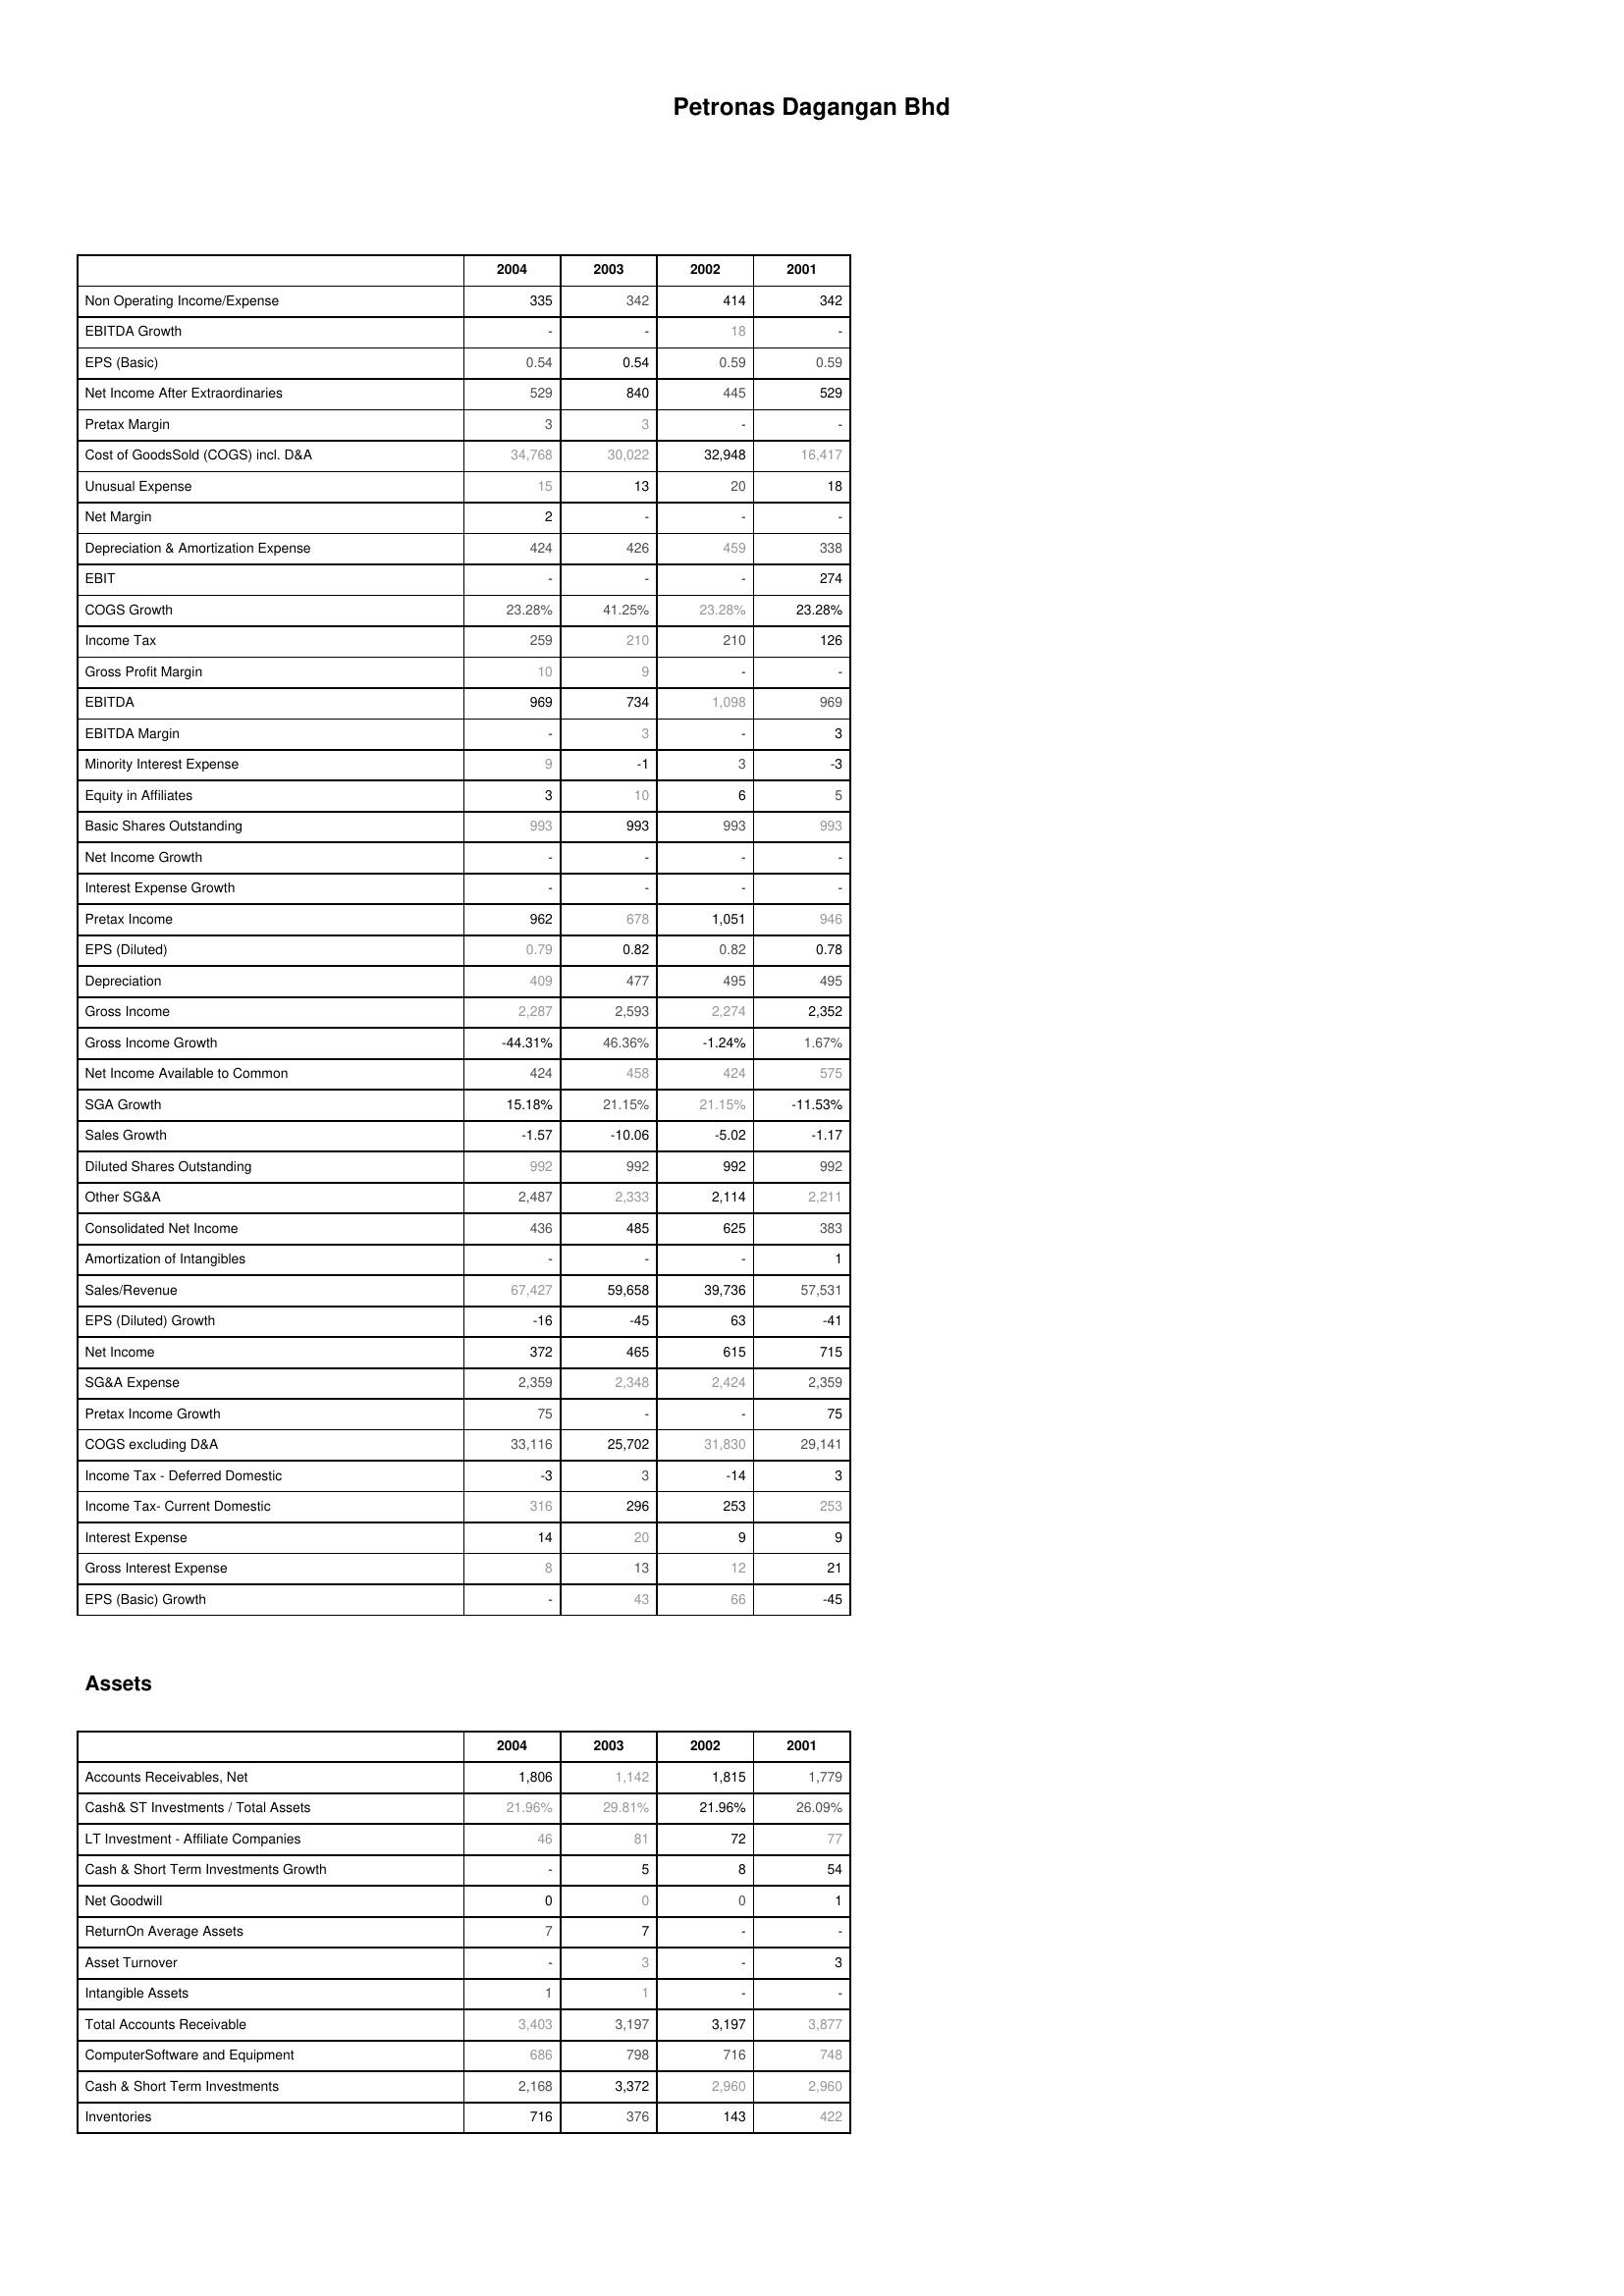
2004: : Non Operating Income/Expense: 335
EBITDA Growth: -
EPS (Basic): 0.54
Net Income After Extraordinaries: 529
Pretax Margin: 3
Cost of GoodsSold (COGS) incl. D&A: 34,768
Unusual Expense: 15
Net Margin: 2
Depreciation & Amortization Expense: 424
EBIT: -
COGS Growth: 23.28%
Income Tax: 259
Gross Profit Margin: 10
EBITDA: 969
EBITDA Margin: -
Minority Interest Expense: 9
Equity in Affiliates: 3
Basic Shares Outstanding: 993
Net Income Growth: -
Interest Expense Growth: -
Pretax Income: 962
EPS (Diluted): 0.79
Depreciation: 409
Gross Income: 2,287
Gross Income Growth: -44.31%
Net Income Available to Common: 424
SGA Growth: 15.18%
Sales Growth: -1.57
Diluted Shares Outstanding: 992
Other SG&A: 2,487
Consolidated Net Income: 436
Amortization of Intangibles: -
Sales/Revenue: 67,427
EPS (Diluted) Growth: -16
Net Income: 372
SG&A Expense: 2,359
Pretax Income Growth: 75
COGS excluding D&A: 33,116
Income Tax - Deferred Domestic: -3
Income Tax- Current Domestic: 316
Interest Expense: 14
Gross Interest Expense: 8
EPS (Basic) Growth: -
Assets: Accounts Receivables, Net: 1,806
Cash& ST Investments / Total Assets: 21.96%
LT Investment - Affiliate Companies: 46
Cash & Short Term Investments Growth: -
Net Goodwill: 0
ReturnOn Average Assets: 7
Asset Turnover: -
Intangible Assets: 1
Total Accounts Receivable: 3,403
ComputerSoftware and Equipment: 686
Cash & Short Term Investments: 2,168
Inventories: 716
2003: : Non Operating Income/Expense: 342
EBITDA Growth: -
EPS (Basic): 0.54
Net Income After Extraordinaries: 840
Pretax Margin: 3
Cost of GoodsSold (COGS) incl. D&A: 30,022
Unusual Expense: 13
Net Margin: -
Depreciation & Amortization Expense: 426
EBIT: -
COGS Growth: 41.25%
Income Tax: 210
Gross Profit Margin: 9
EBITDA: 734
EBITDA Margin: 3
Minority Interest Expense: -1
Equity in Affiliates: 10
Basic Shares Outstanding: 993
Net Income Growth: -
Interest Expense Growth: -
Pretax Income: 678
EPS (Diluted): 0.82
Depreciation: 477
Gross Income: 2,593
Gross Income Growth: 46.36%
Net Income Available to Common: 458
SGA Growth: 21.15%
Sales Growth: -10.06
Diluted Shares Outstanding: 992
Other SG&A: 2,333
Consolidated Net Income: 485
Amortization of Intangibles: -
Sales/Revenue: 59,658
EPS (Diluted) Growth: -45
Net Income: 465
SG&A Expense: 2,348
Pretax Income Growth: -
COGS excluding D&A: 25,702
Income Tax - Deferred Domestic: 3
Income Tax- Current Domestic: 296
Interest Expense: 20
Gross Interest Expense: 13
EPS (Basic) Growth: 43
Assets: Accounts Receivables, Net: 1,142
Cash& ST Investments / Total Assets: 29.81%
LT Investment - Affiliate Companies: 81
Cash & Short Term Investments Growth: 5
Net Goodwill: 0
ReturnOn Average Assets: 7
Asset Turnover: 3
Intangible Assets: 1
Total Accounts Receivable: 3,197
ComputerSoftware and Equipment: 798
Cash & Short Term Investments: 3,372
Inventories: 376
2002: : Non Operating Income/Expense: 414
EBITDA Growth: 18
EPS (Basic): 0.59
Net Income After Extraordinaries: 445
Pretax Margin: -
Cost of GoodsSold (COGS) incl. D&A: 32,948
Unusual Expense: 20
Net Margin: -
Depreciation & Amortization Expense: 459
EBIT: -
COGS Growth: 23.28%
Income Tax: 210
Gross Profit Margin: -
EBITDA: 1,098
EBITDA Margin: -
Minority Interest Expense: 3
Equity in Affiliates: 6
Basic Shares Outstanding: 993
Net Income Growth: -
Interest Expense Growth: -
Pretax Income: 1,051
EPS (Diluted): 0.82
Depreciation: 495
Gross Income: 2,274
Gross Income Growth: -1.24%
Net Income Available to Common: 424
SGA Growth: 21.15%
Sales Growth: -5.02
Diluted Shares Outstanding: 992
Other SG&A: 2,114
Consolidated Net Income: 625
Amortization of Intangibles: -
Sales/Revenue: 39,736
EPS (Diluted) Growth: 63
Net Income: 615
SG&A Expense: 2,424
Pretax Income Growth: -
COGS excluding D&A: 31,830
Income Tax - Deferred Domestic: -14
Income Tax- Current Domestic: 253
Interest Expense: 9
Gross Interest Expense: 12
EPS (Basic) Growth: 66
Assets: Accounts Receivables, Net: 1,815
Cash& ST Investments / Total Assets: 21.96%
LT Investment - Affiliate Companies: 72
Cash & Short Term Investments Growth: 8
Net Goodwill: 0
ReturnOn Average Assets: -
Asset Turnover: -
Intangible Assets: -
Total Accounts Receivable: 3,197
ComputerSoftware and Equipment: 716
Cash & Short Term Investments: 2,960
Inventories: 143
2001: : Non Operating Income/Expense: 342
EBITDA Growth: -
EPS (Basic): 0.59
Net Income After Extraordinaries: 529
Pretax Margin: -
Cost of GoodsSold (COGS) incl. D&A: 16,417
Unusual Expense: 18
Net Margin: -
Depreciation & Amortization Expense: 338
EBIT: 274
COGS Growth: 23.28%
Income Tax: 126
Gross Profit Margin: -
EBITDA: 969
EBITDA Margin: 3
Minority Interest Expense: -3
Equity in Affiliates: 5
Basic Shares Outstanding: 993
Net Income Growth: -
Interest Expense Growth: -
Pretax Income: 946
EPS (Diluted): 0.78
Depreciation: 495
Gross Income: 2,352
Gross Income Growth: 1.67%
Net Income Available to Common: 575
SGA Growth: -11.53%
Sales Growth: -1.17
Diluted Shares Outstanding: 992
Other SG&A: 2,211
Consolidated Net Income: 383
Amortization of Intangibles: 1
Sales/Revenue: 57,531
EPS (Diluted) Growth: -41
Net Income: 715
SG&A Expense: 2,359
Pretax Income Growth: 75
COGS excluding D&A: 29,141
Income Tax - Deferred Domestic: 3
Income Tax- Current Domestic: 253
Interest Expense: 9
Gross Interest Expense: 21
EPS (Basic) Growth: -45
Assets: Accounts Receivables, Net: 1,779
Cash& ST Investments / Total Assets: 26.09%
LT Investment - Affiliate Companies: 77
Cash & Short Term Investments Growth: 54
Net Goodwill: 1
ReturnOn Average Assets: -
Asset Turnover: 3
Intangible Assets: -
Total Accounts Receivable: 3,877
ComputerSoftware and Equipment: 748
Cash & Short Term Investments: 2,960
Inventories: 422